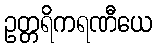
ဥတ္တရိကရဏီယေ